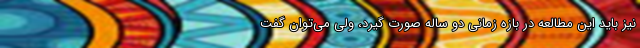
نیز باید این مطالعه در بازه زمانی دو ساله صورت گیرد، ولی می‌توان گفت